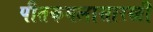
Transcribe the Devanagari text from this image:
पीतकमलासारखी